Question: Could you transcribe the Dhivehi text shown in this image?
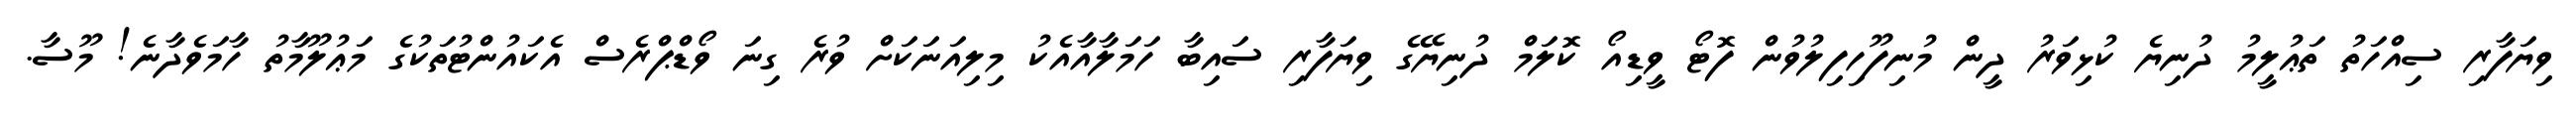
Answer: ވިޔަފާރި ސިއްހަތު ތަޢުލީމު ދުނިޔެ ކުޅިވަރު ދީން މުނިފޫހިފިލުވުން ފޮޓޯ ވީޑިއޯ ކޮލަމް ދުނިޔޭގެ ވިޔަފާރި ސައިބާ ހަމަލާއާއެކު މިލިއަނަކަށް ވުރެ ގިނަ ވޯޑްޕްރެސް އެކައުންޓުތަކުގެ މަޢުލޫމާތު ހާމަވެދާނެ! މޫސާ.